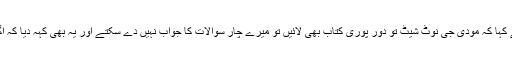
بوفورس پر بحث کے لیے چیلنج کرتے ہوئے کہا کہ مودی جی نوٹ شیٹ تو دور پوری کتاب بھی لائیں تو میرے چار سوالات کا جواب نہیں دے سکتے اور یہ بھی کہہ دیا کہ اگر آپ کو ڈر لگتا ہے میرا جواب حذف کردو۔